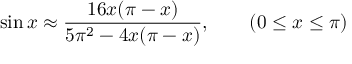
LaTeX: \sin x \approx { \frac { 1 6 x ( \pi - x ) } { 5 \pi ^ { 2 } - 4 x ( \pi - x ) } } , \qquad ( 0 \leq x \leq \pi )